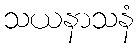
သယနာသနံ